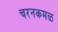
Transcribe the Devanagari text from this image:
चरनकमळ